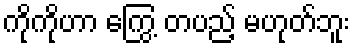
ကိုကိုဟာ ကြွေ့ တပည့် မဟုတ်ဘူး